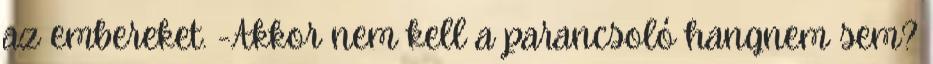
az embereket. -Akkor nem kell a parancsoló hangnem sem?